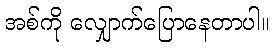
အစ်ကို လျှောက်ပြောနေတာပါ။